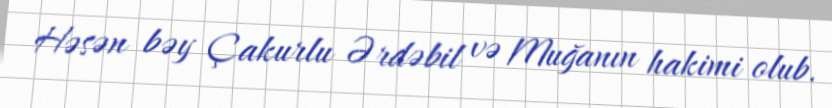
Həsən bəy Çakurlu Ərdəbil və Muğanın hakimi olub.